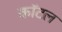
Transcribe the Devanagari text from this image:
कॉटल